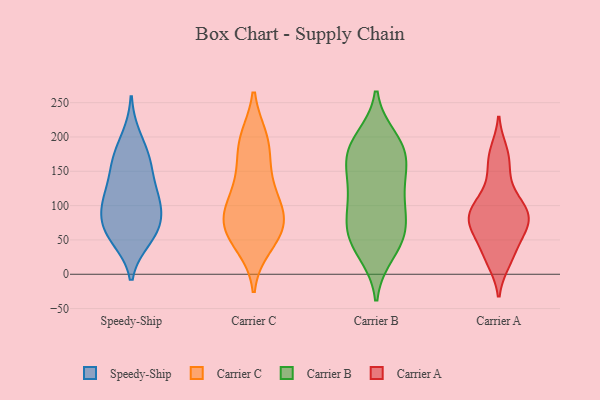
{"axis": {"x": "Tickets Resolved", "y": "Value"}, "legend": ["Carrier A", "Carrier B", "Carrier C", "Speedy-Ship"], "data": [{"x": "", "y": 110, "type": "Speedy-Ship"}, {"x": "", "y": 165, "type": "Speedy-Ship"}, {"x": "", "y": 115, "type": "Speedy-Ship"}, {"x": "", "y": 52, "type": "Speedy-Ship"}, {"x": "", "y": 112, "type": "Speedy-Ship"}, {"x": "", "y": 199, "type": "Speedy-Ship"}, {"x": "", "y": 74, "type": "Speedy-Ship"}, {"x": "", "y": 105, "type": "Speedy-Ship"}, {"x": "", "y": 75, "type": "Speedy-Ship"}, {"x": "", "y": 161, "type": "Speedy-Ship"}, {"x": "", "y": 67, "type": "Speedy-Ship"}, {"x": "", "y": 162, "type": "Speedy-Ship"}, {"x": "", "y": 55, "type": "Speedy-Ship"}, {"x": "", "y": 66, "type": "Carrier C"}, {"x": "", "y": 86, "type": "Carrier C"}, {"x": "", "y": 42, "type": "Carrier C"}, {"x": "", "y": 85, "type": "Carrier C"}, {"x": "", "y": 114, "type": "Carrier C"}, {"x": "", "y": 138, "type": "Carrier C"}, {"x": "", "y": 84, "type": "Carrier C"}, {"x": "", "y": 189, "type": "Carrier C"}, {"x": "", "y": 94, "type": "Carrier C"}, {"x": "", "y": 54, "type": "Carrier C"}, {"x": "", "y": 197, "type": "Carrier C"}, {"x": "", "y": 196, "type": "Carrier C"}, {"x": "", "y": 150, "type": "Carrier C"}, {"x": "", "y": 57, "type": "Carrier C"}, {"x": "", "y": 108, "type": "Carrier B"}, {"x": "", "y": 86, "type": "Carrier B"}, {"x": "", "y": 191, "type": "Carrier B"}, {"x": "", "y": 59, "type": "Carrier B"}, {"x": "", "y": 173, "type": "Carrier B"}, {"x": "", "y": 191, "type": "Carrier B"}, {"x": "", "y": 198, "type": "Carrier B"}, {"x": "", "y": 169, "type": "Carrier B"}, {"x": "", "y": 30, "type": "Carrier B"}, {"x": "", "y": 128, "type": "Carrier B"}, {"x": "", "y": 101, "type": "Carrier B"}, {"x": "", "y": 56, "type": "Carrier B"}, {"x": "", "y": 69, "type": "Carrier B"}, {"x": "", "y": 169, "type": "Carrier B"}, {"x": "", "y": 152, "type": "Carrier B"}, {"x": "", "y": 34, "type": "Carrier B"}, {"x": "", "y": 130, "type": "Carrier B"}, {"x": "", "y": 61, "type": "Carrier B"}, {"x": "", "y": 87, "type": "Carrier A"}, {"x": "", "y": 18, "type": "Carrier A"}, {"x": "", "y": 90, "type": "Carrier A"}, {"x": "", "y": 96, "type": "Carrier A"}, {"x": "", "y": 133, "type": "Carrier A"}, {"x": "", "y": 51, "type": "Carrier A"}, {"x": "", "y": 164, "type": "Carrier A"}, {"x": "", "y": 77, "type": "Carrier A"}, {"x": "", "y": 179, "type": "Carrier A"}, {"x": "", "y": 25, "type": "Carrier A"}, {"x": "", "y": 59, "type": "Carrier A"}, {"x": "", "y": 72, "type": "Carrier A"}, {"x": "", "y": 103, "type": "Carrier A"}]}